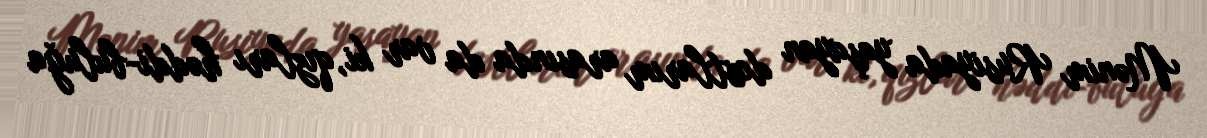
Mənim Rusiyada yaşayan dostlarım arasında da var ki, qızları həddi-buluğa